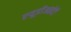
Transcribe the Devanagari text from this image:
एयूडीआईटी